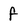
Character: f